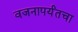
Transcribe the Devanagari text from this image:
वजनापर्यंतचा